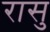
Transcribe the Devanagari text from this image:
रासु